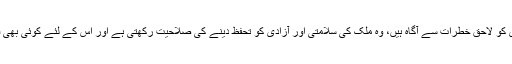
پاک فوج ملک کی سلامتی، آزادی کو لاحق خطرات سے آگاہ ہیں، وہ ملک کی سلامتی اور آزادی کو تحفظ دینے کی صلاحیت رکھتی ہے اور اس کے لئے کوئی بھی قیمت اداکرنے کے لیے تیار ہے۔